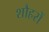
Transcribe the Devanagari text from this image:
शौहरों